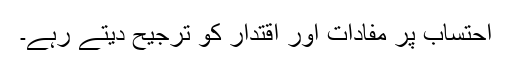
احتساب پر مفادات اور اقتدار کو ترجیح دیتے رہے۔